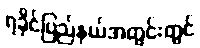
ရခိုင်ပြည်နယ်အတွင်းတွင်